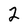
Character: 2